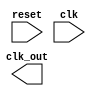
`timescale 1ns / 1ps
//////////////////////////////////////////////////////////////////////////////////
// Company: 
// Engineer: 
// 
// Design Name: 
// Module Name: clk_divider
// Project Name: 
// Target Devices: 
// Tool Versions: 
// Description: 
// 
// Dependencies: 
// 
// Revision:
// Revision 0.01 - File Created
// Additional Comments:
// 
//////////////////////////////////////////////////////////////////////////////////


module clk_divider(input reset,
input  clk,
output clk_out);

endmodule